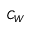
C _ { W }